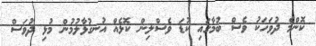
ކޮންމެ ދުވަހަކު ވެސް ބުމާގައި ކުޑަ ވެސްލިން ކޮޅެއް އުނގުޅާލުމުން މުޅި ދުވަސް